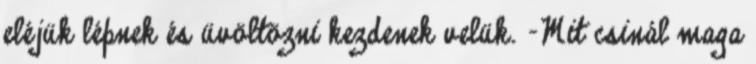
eléjük lépnek és üvöltözni kezdenek velük. -Mit csinál maga